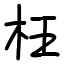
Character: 枉